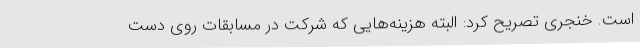
است. خنجری تصریح کرد: البته هزینه‌هایی که شرکت در مسابقات روی دست